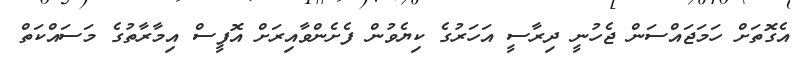
އެގޮތަށް ހަމަޖައްސަން ޖެހުނީ ދިރާސީ އަހަރުގެ ކިޔެވުން ފެށެންވާއިރަށް އޮފީސް އިމާރާތުގެ މަސައްކަތް